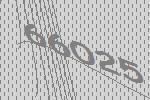
66025